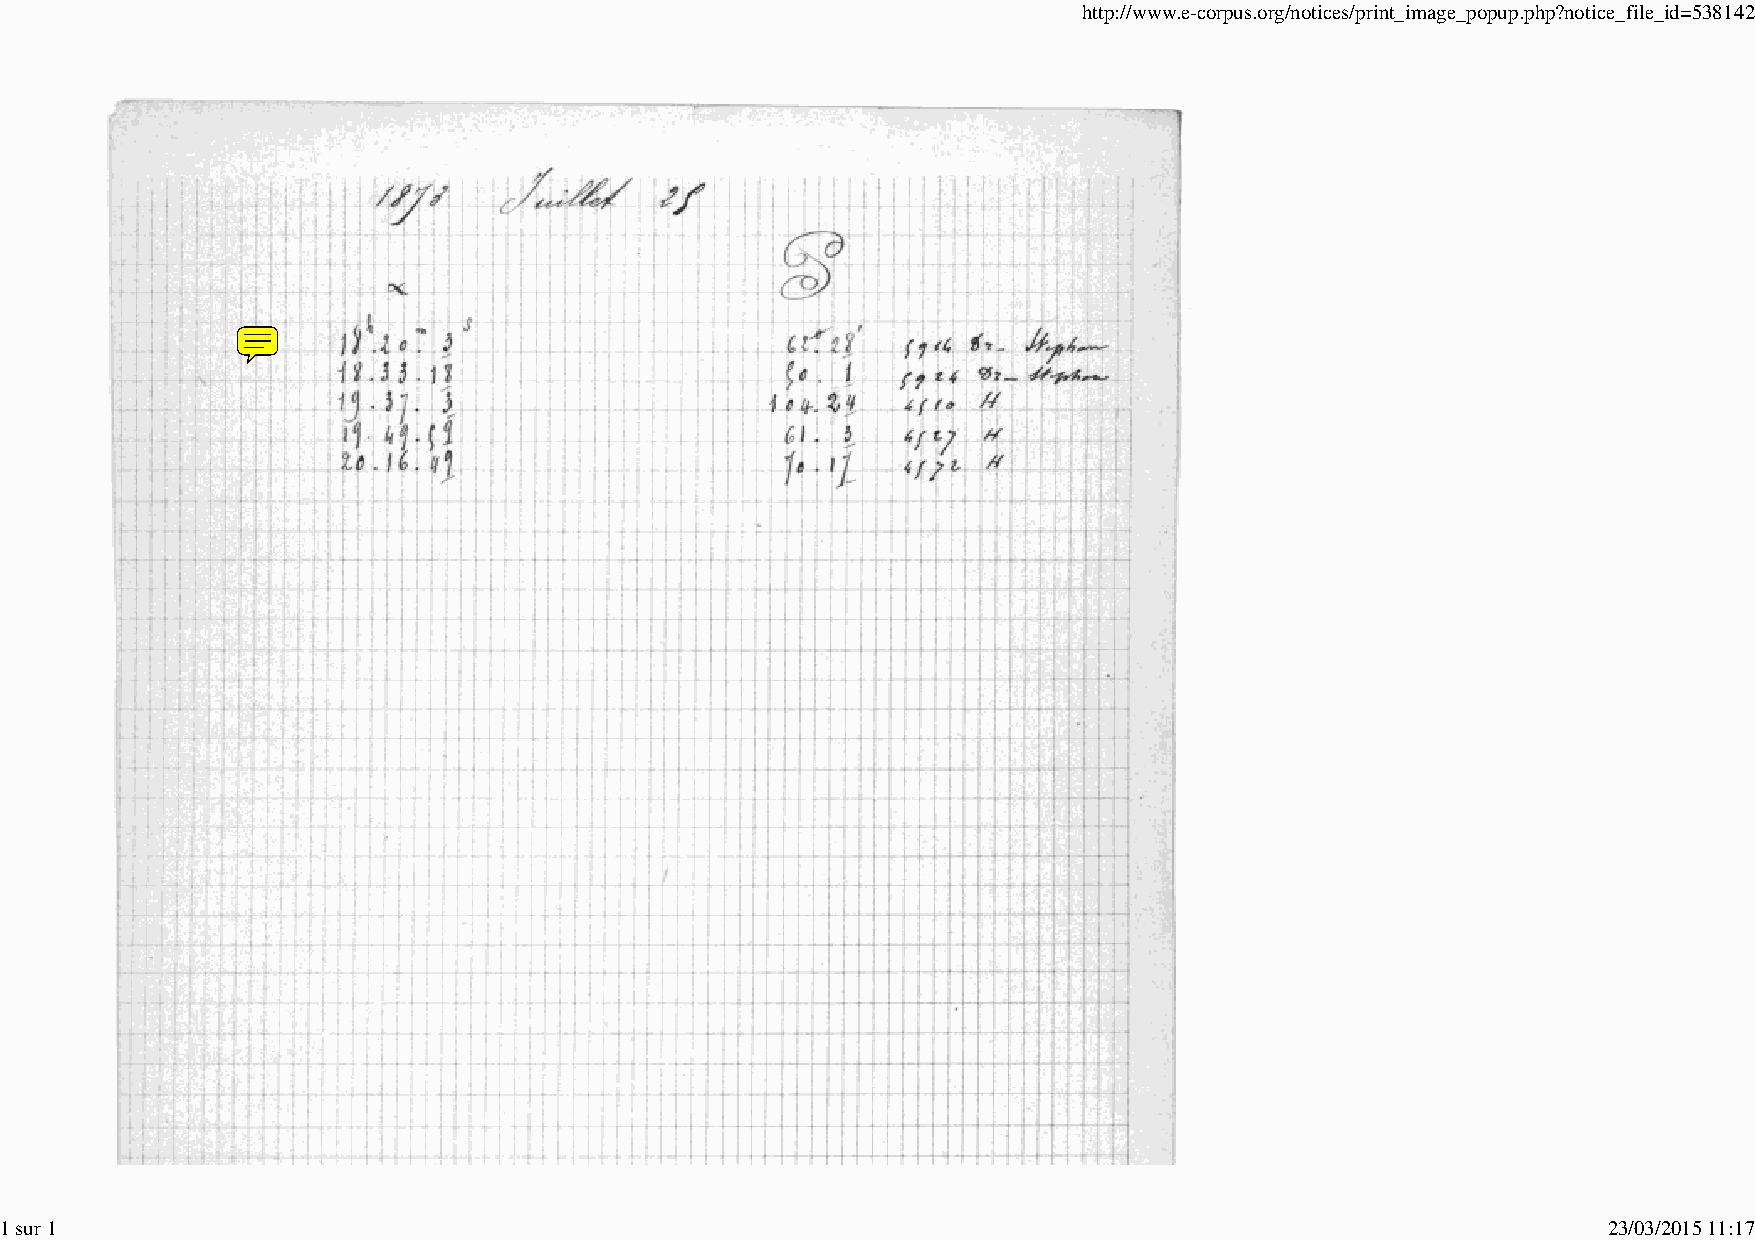
http://www.e-corpus.org/notices/print_image_popup.php?notice_file_id=538142
 1 sur 1                                                                                                   23/03/2015 11:17